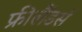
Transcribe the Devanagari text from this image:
फ्रीलैंडर्स